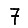
Digit: 7